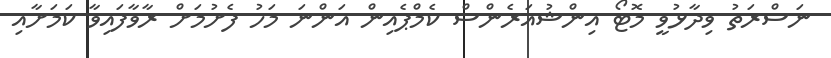
ނަސްރަތު ވިދާޅުވީ މޮޓޯ އިންޝުއަރެންސް ކެމްޕެއިން އަންނަ މަހު ފެށުމަށް ރާވާފައިވާ ކަމަށާއި